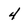
Character: 4